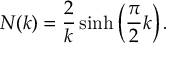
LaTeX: { \cal N } ( k ) = \frac { 2 } { k } \sinh \left( \frac { \pi } { 2 } k \right) .